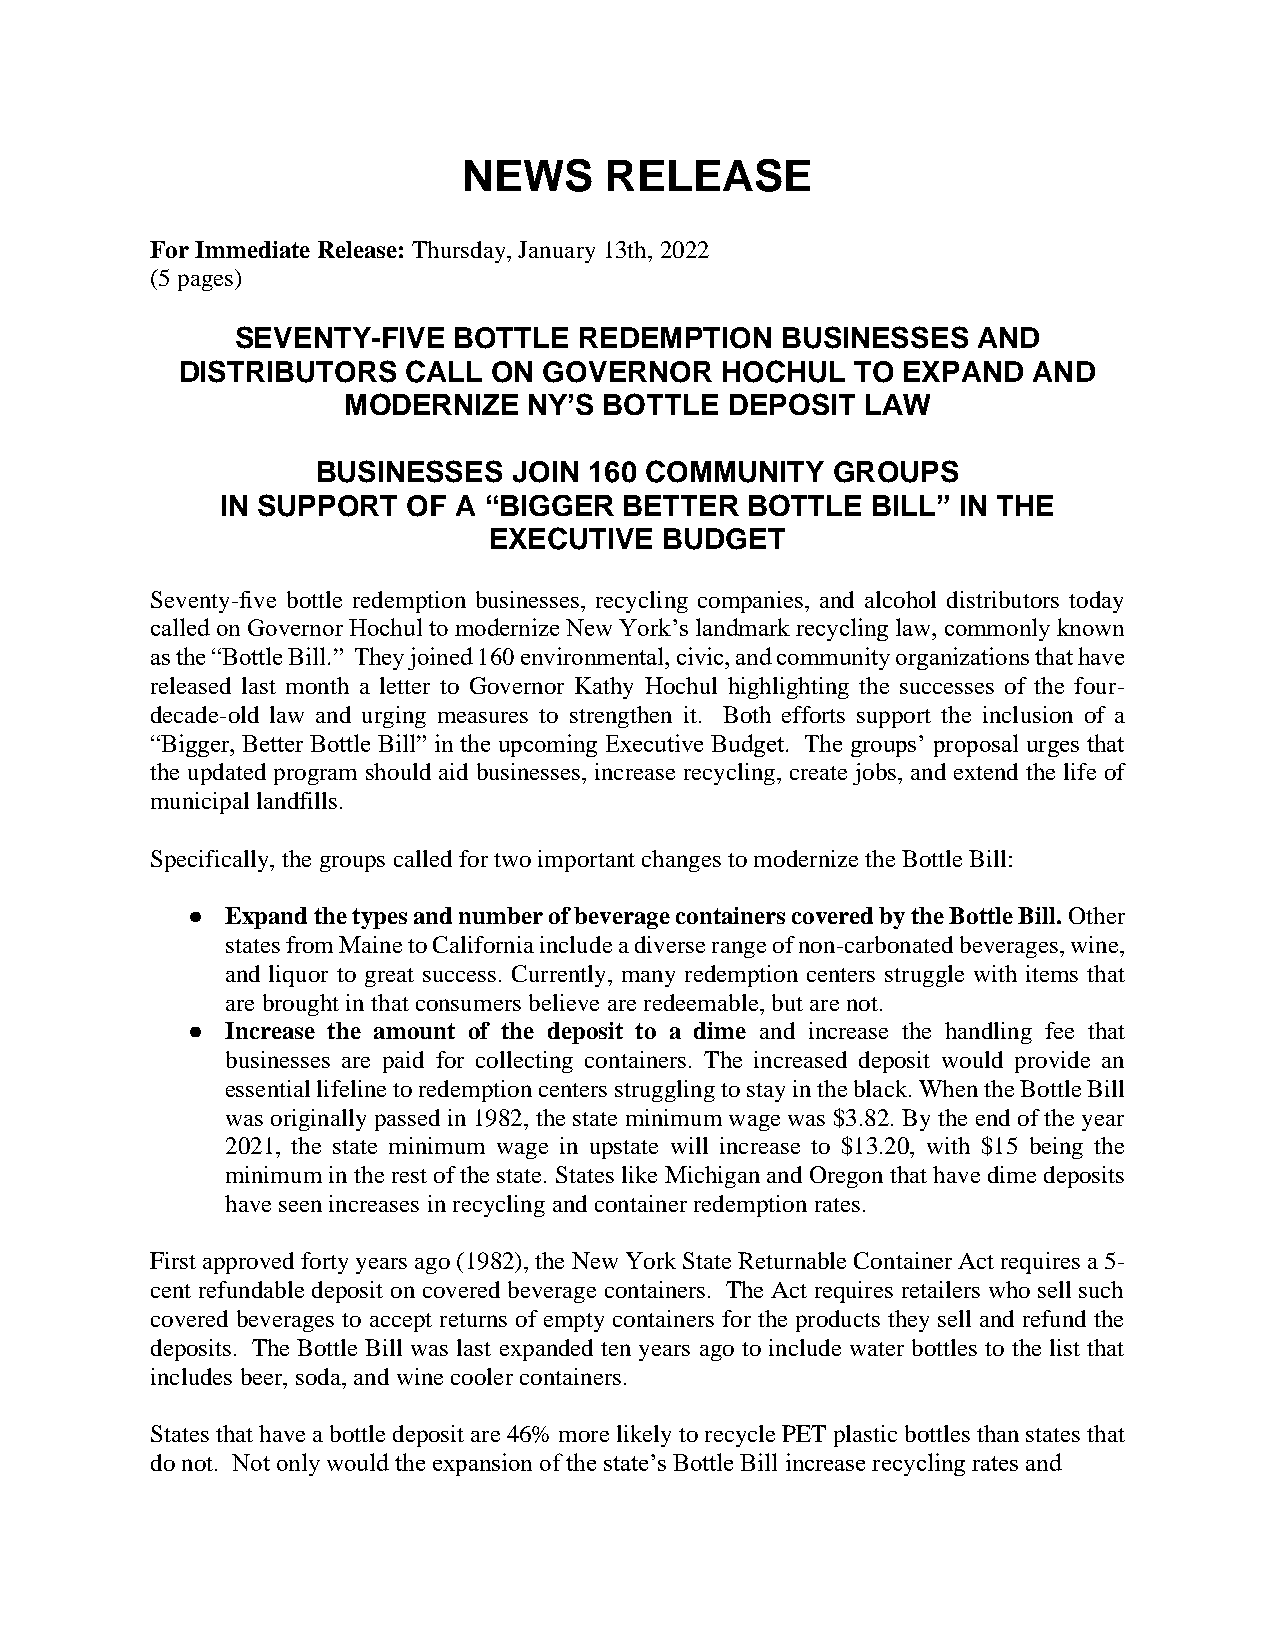
NEWS     RELEASE
 For Immediate Release: Thursday, January 13th, 2022
 (5 pages)
 SEVENTY-FIVE  BOTTLE  REDEMPTION    BUSINESSES   AND
 DISTRIBUTORS   CALL  ON GOVERNOR    HOCHUL   TO EXPAND  AND
 MODERNIZE   NY’S BOTTLE  DEPOSIT  LAW
 BUSINESSES   JOIN 160 COMMUNITY   GROUPS
 IN SUPPORT  OF A “BIGGER  BETTER  BOTTLE   BILL” IN THE
 EXECUTIVE   BUDGET
 Seventy-five bottle redemption businesses, recycling companies, and alcohol distributors today
 called on Governor Hochul to modernize New York’s landmark recycling law, commonly known
 as the “Bottle Bill.” They joined 160 environmental, civic, and community organizations that have
 released last month a letter to Governor Kathy Hochul highlighting the successes of the four-
 decade-old law and urging measures to strengthen it. Both efforts support the inclusion of a
 “Bigger, Better Bottle Bill” in the upcoming Executive Budget. The groups’ proposal urges that
 the updated program should aid businesses, increase recycling, create jobs, and extend the life of
 municipal landfills.
 Specifically, the groups called for two important changes to modernize the Bottle Bill:
 ●  Expand the types and number of beverage containers covered by the Bottle Bill. Other
 states from Maine to California include a diverse range of non-carbonated beverages, wine,
 and liquor to great success. Currently, many redemption centers struggle with items that
 are brought in that consumers believe are redeemable, but are not.
 ●  Increase the amount of the deposit to a dime and increase the handling fee that
 businesses are paid for collecting containers. The increased deposit would provide an
 essential lifeline to redemption centers struggling to stay in the black. When the Bottle Bill
 was originally passed in 1982, the state minimum wage was $3.82. By the end of the year
 2021, the state minimum wage in upstate will increase to $13.20, with $15 being the
 minimum in the rest of the state. States like Michigan and Oregon that have dime deposits
 have seen increases in recycling and container redemption rates.
 First approved forty years ago (1982), the New York State Returnable Container Act requires a 5-
 cent refundable deposit on covered beverage containers. The Act requires retailers who sell such
 covered beverages to accept returns of empty containers for the products they sell and refund the
 deposits. The Bottle Bill was last expanded ten years ago to include water bottles to the list that
 includes beer, soda, and wine cooler containers.
 States that have a bottle deposit are 46% more likely to recycle PET plastic bottles than states that
 do not. Not only would the expansion of the state’s Bottle Bill increase recycling rates and